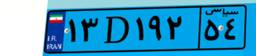
۱۳D۱۹۲۵۴